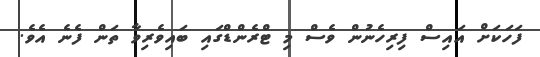
ފަހަކަށް އައިސް ފިރިހެނުން ވެސް މި ޓްރެންޑްގައި ބައިވެރިވާ ތަން ފެނެ އެވެ.